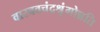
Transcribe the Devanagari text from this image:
वास्ववचंद्रश्रृंगोन्नति